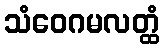
သံဝေဂမလတ္ထံ